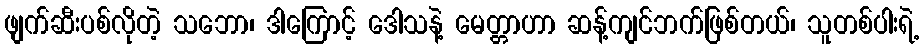
ဖျက်ဆီးပစ်လိုတဲ့ သဘော၊ ဒါကြောင့် ဒေါသနဲ့ မေတ္တာဟာ ဆန့်ကျင်ဘက်ဖြစ်တယ်၊ သူတစ်ပါးရဲ့